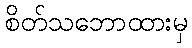
စိတ်သဘောထားမှ